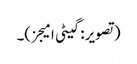
(تصویر: گیٹی امیجز)۔